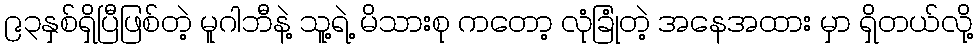
၉၃နှစ်ရှိပြီဖြစ်တဲ့ မူဂါဘီနဲ့ သူ့ရဲ့ မိသားစု ကတော့ လုံခြုံတဲ့ အနေအထား မှာ ရှိတယ်လို့